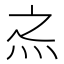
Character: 𰞀